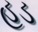
હડ